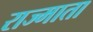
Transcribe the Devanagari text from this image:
राज्माता